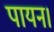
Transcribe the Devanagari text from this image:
पायन।